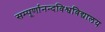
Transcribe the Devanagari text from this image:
सम्पूर्णानन्दविश्वविद्यालय